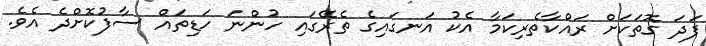
ފަދަ ގޮތަކަށް ރައްކާތެރިކަމާ އެކު އަނގައިގެ ތެރޭގައި ހުންނަ ހަޑިތައް ސާފުކޮށްދެ އެވެ.